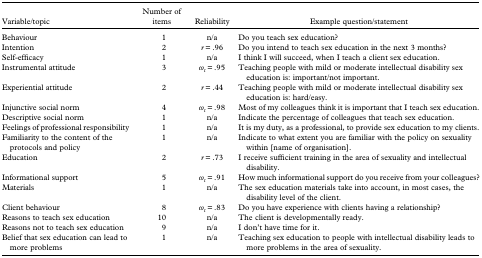
<table><thead><tr><td><b>Variable/topic</b></td><td><b>Number of items</b></td><td><b>Reliability</b></td><td><b>Example question/statement</b></td></tr></thead><tbody><tr><td>Behaviour</td><td>1</td><td>n/a</td><td>Do you teach sex education?</td></tr><tr><td>Intention</td><td>2</td><td><i>r</i> = .96</td><td>Do you intend to teach sex education in the next 3 months?</td></tr><tr><td>Self-efficacy</td><td>1</td><td>n/a</td><td>I think I will succeed, when I teach a client sex education.</td></tr><tr><td>Instrumental attitude</td><td>3</td><td><i>ω<sub>t</sub></i> = .95</td><td>Teaching people with mild or moderate intellectual disability sex education is: important/not important.</td></tr><tr><td>Experiential attitude</td><td>2</td><td><i>r</i> = .44</td><td>Teaching people with mild or moderate intellectual disability sex education is: hard/easy.</td></tr><tr><td>Injunctive social norm</td><td>4</td><td><i>ω<sub>t</sub></i> = .98</td><td>Most of my colleagues think it is important that I teach sex education.</td></tr><tr><td>Descriptive social norm</td><td>1</td><td>n/a</td><td>Indicate the percentage of colleagues that teach sex education.</td></tr><tr><td>Feelings of professional responsibility</td><td>1</td><td>n/a</td><td>It is my duty, as a professional, to provide sex education to my clients.</td></tr><tr><td>Familiarity to the content of the protocols and policy</td><td>1</td><td>n/a</td><td>Indicate to what extent you are familiar with the policy on sexuality within [name of organisation].</td></tr><tr><td>Education</td><td>2</td><td><i>r</i> = .73</td><td>I receive sufficient training in the area of sexuality and intellectual disability.</td></tr><tr><td>Informational support</td><td>5</td><td><i>ω<sub>t</sub></i> = .91</td><td>How much informational support do you receive from your colleagues?</td></tr><tr><td>Materials</td><td>1</td><td>n/a</td><td>The sex education materials take into account, in most cases, the disability level of the client.</td></tr><tr><td>Client behaviour</td><td>8</td><td><i>ω<sub>t</sub></i> = .83</td><td>Do you have experience with clients having a relationship?</td></tr><tr><td>Reasons to teach sex education</td><td>10</td><td>n/a</td><td>The client is developmentally ready.</td></tr><tr><td>Reasons not to teach sex education</td><td>9</td><td>n/a</td><td>I don&#x27;t have time for it.</td></tr><tr><td>Belief that sex education can lead to more problems</td><td>1</td><td>n/a</td><td>Teaching sex education to people with intellectual disability leads to more problems in the area of sexuality.</td></tr></tbody></table>